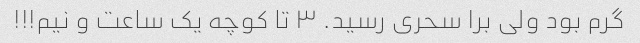
گرم بود ولی برا سحری رسید. ۳ تا کوچه یک ساعت و نیم!!!